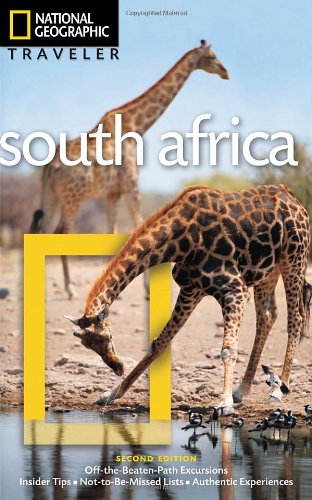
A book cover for National Geographic Traveler: South Africa, 2nd Edition; National Geographic; Travel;